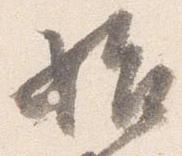
始